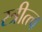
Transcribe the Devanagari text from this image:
स्त्रीत्त्व